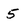
Character: 5